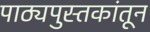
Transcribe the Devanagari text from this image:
पाठ्यपुस्तकांतून